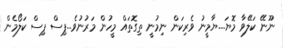
ނޫނޭ ކަލޭވާ މޮޔަ....ޔާމީނު ވެރިކަން ނިމުނީ ތިގޮތައް މީހުން މަރުނުވެ...ޕިސް ޕިސް ކަލޯމެން